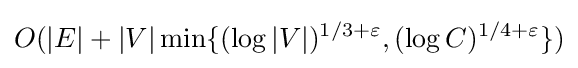
O(|E|+|V|\min\{(\log |V|)^{1/3+\varepsilon },(\log C)^{1/4+\varepsilon }\})